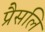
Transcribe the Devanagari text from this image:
प्रैसलि